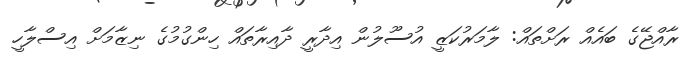
ރާއްޖޭގެ ބައެއް ރަށްތައް: ލާމަރުކަޒީ އުސޫލުން އިދާރީ ދާއިރާތައް ހިންގުމުގެ ނިޒާމަށް އިސްލާހީ